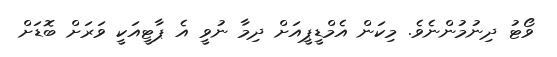
ވޯޓު ދިނުމުންނެވެ. މިކަން އެމްޑީޕީއަށް ދިމާ ނުވީ އެ ޕާޓީއަކީ ވަރަށް ބޮޑަށް